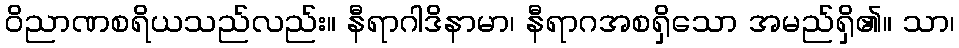
ဝိညာဏစရိယသည်လည်း။ နီရာဂါဒိနာမာ၊ နီရာဂအစရှိသော အမည်ရှိ၏။ သာ၊